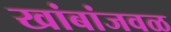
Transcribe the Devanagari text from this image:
खांबांजवळ